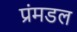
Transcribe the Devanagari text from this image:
प्रंमडल